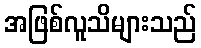
အဖြစ်လူသိများသည်